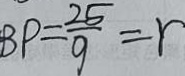
B P = \frac { 2 5 } { 9 } = r